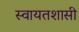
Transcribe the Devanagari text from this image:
स्वायतशासी